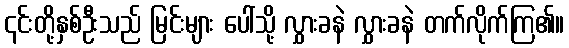
၎င်းတို့နှစ်ဦးသည် မြင်းများ ပေါ်သို့ လွှားခနဲ လွှားခနဲ တက်လိုက်ကြ၏။